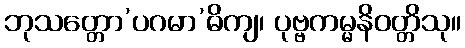
ဘုသတ္တော’ပဂမာ’ဓိကျ၊ ပုဗ္ဗကမ္မနိဝတ္တိသု။